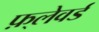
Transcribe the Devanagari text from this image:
फ़्लेवर्ड